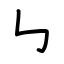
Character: ㇉